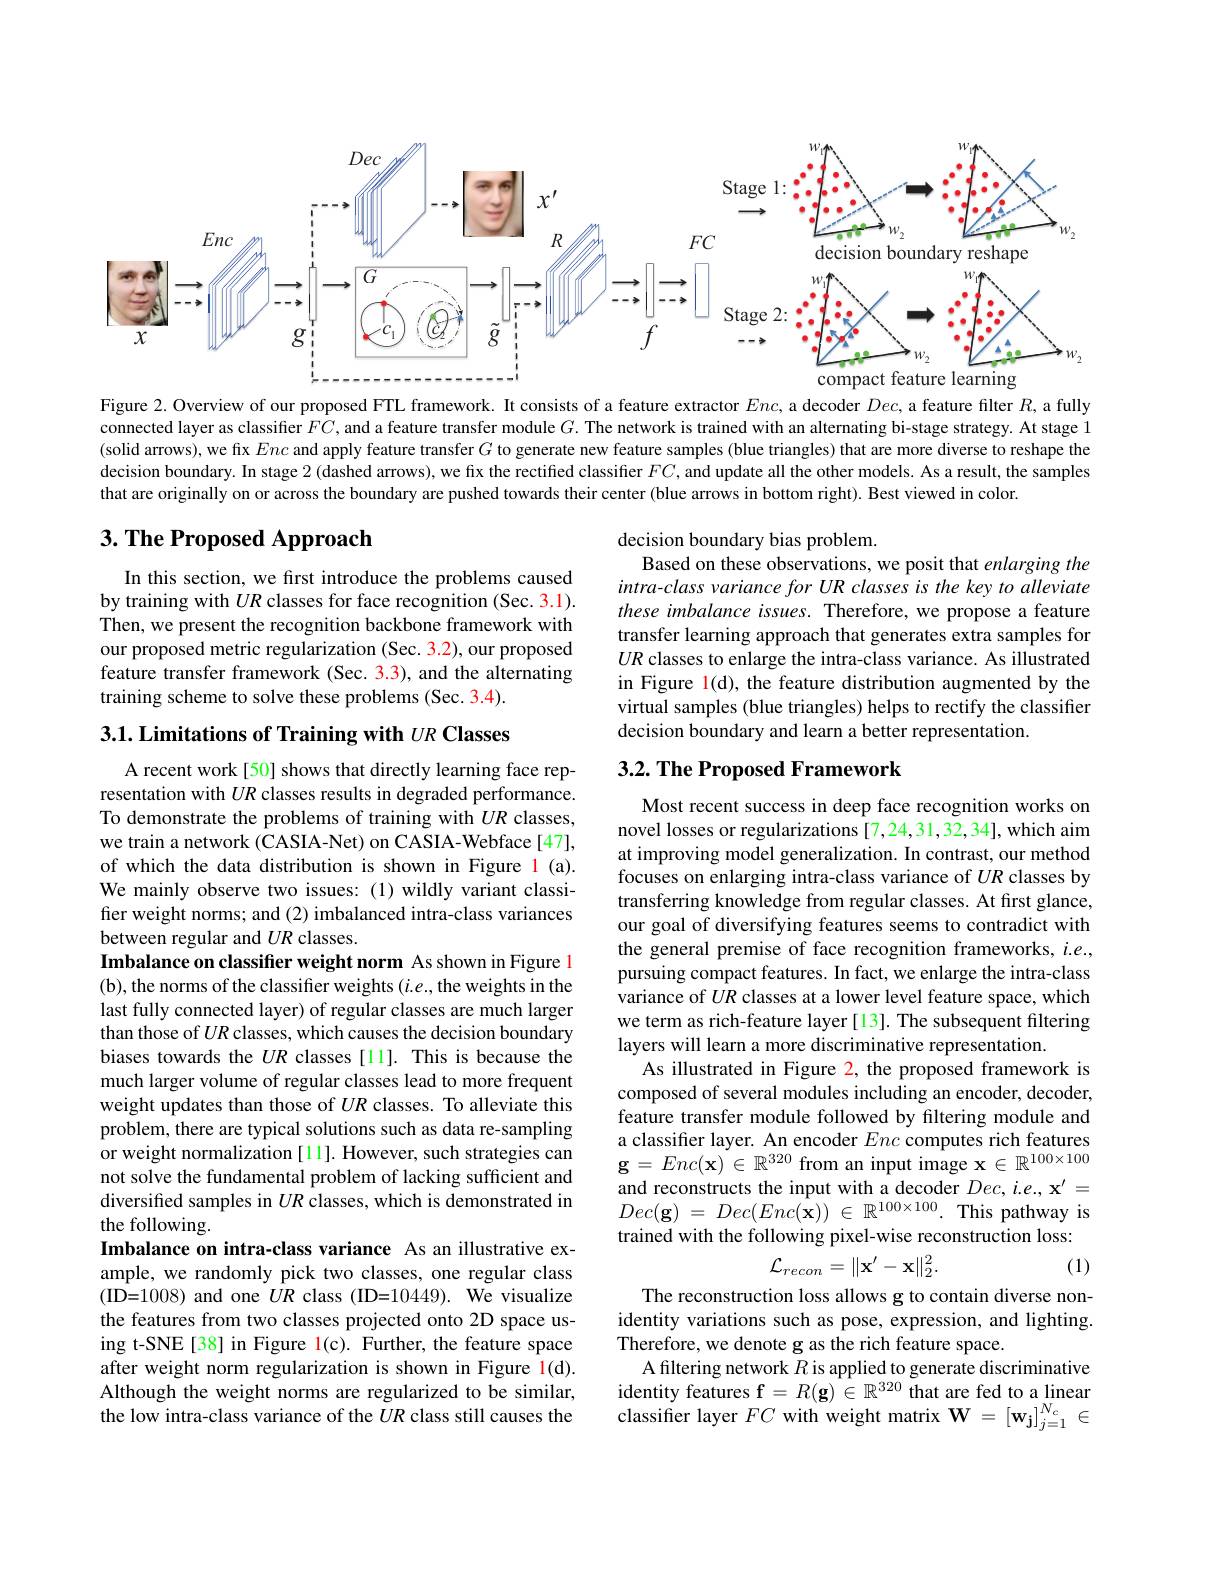
<FigureHere>

Figure 2. Overview of our proposed FTL framework. It consists of a feature extractor $Enc$, a decoder Dec, a feature filter $R$, a fully connected layer as classifier $FC$, and a feature transfer module $G.$ The network is trained with an alternating bi-stage strategy. At stage 1 (solid arrows), we fix Enc and apply feature transfer $G$ to generate new feature samples (blue triangles) that are more diverse to reshape the decision boundary. In stage 2 (dashed arrows), we fix the rectified classifier $FC$, and update all the other models. As a result, the samples that are originally on or across the boundary are pushed towards their center (blue arrows in bottom right). Best viewed in color.

# $3. \textbf{ The Proposed Approach}$

decision boundary bias problem.
Based on these observations, we posit that enlarging the intra-class variance for UR classes is the key to alleviate these imbalance issues. Therefore, we propose a feature transfer learning approach that generates extra samples for $UR$ classes to enlarge the intra-class variance. As illustrated in Figure l(d), the feature distribution augmented by the virtual samples (blue triangles) helps to rectify the classifier decision boundary and learn a better representation.

In this section, we first introduce the problems caused by training with $UR$ classes for face recognition (Sec. 3.1). Then, we present the recognition backbone framework with our proposed metric regularization (Sec. 3.2), our proposed feature transfer framework (Sec. 3.3), and the alternating training scheme to solve these problems (Sec. 3.4).

## $3. 2. \textbf{ The Proposed Framework}$

Most recent success in deep face recognition works on novel losses or regularizations [7,24,31,32,34],which aim at improving model generalization. In contrast, our method focuses on enlarging intra-class variance of $UR$ classes by transferring knowledge from regular classes. At first glance, our goal of diversifying features seems to contradict with the general premise of face recognition frameworks, $i.e.$, pursuing compact features. In fact, we enlarge the intra-class variance of $UR$ classes at a lower level feature space, which we term as rich-feature layer [13]. The subsequent filtering layers will learn a more discriminative representation.
As illustrated in Figure 2, the proposed framework is composed of several modules including an encoder, decoder, feature transfer module followed by filtering module and a classifer layer. An encoder Enc computes rich features $\mathbf{g}=Enc(\mathbf{x})\in\mathbb{R}^{320}$ from an input image $\mathbf{x}\in\mathbb{R}^100\times100$ and reconstructs the input with a decoder $Dec,i.e.,\mathbf{x}^{\prime}=$ $Dec( \mathbf{g} )$ = $Dec( Enc( \mathbf{x} ) )$ $\in$ $\mathbb{R} ^{100\times 100}.$This pathway is trained with the following pixel-wise reconstruction loss:
$$\mathcal{L}_{recon}=\|\mathbf{x}'-\mathbf{x}\|_2^2.$$
(1)

$3. 1. \textbf{Limitations of Training with }UR\textbf{ Classes}$
A recent work[50] shows that directly learning face representation with $UR$ classes results in degraded performance. To demonstrate the problems of training with $UR$ classes, we train a network (CASIA-Net) on CASIA-Webface[47], of which the data distribution is shown in Figure l (a). We mainly observe two issues: (1) wildly variant classifier weight norms; and (2) imbalanced intra-class variances between regular and $UR$ classes.
Imbalance on classifier weight norm As shown in Figure l (b), the norms of the classifier weights $(i.e.$,the weights in the last fully connected layer) of regular classes are much larger than those of $UR$ classes, which causes the decision boundary biases towards the $UR$ classes [11]. This is because the much larger volume of regular classes lead to more frequent weight updates than those of $UR$ classes. To alleviate this problem, there are typical solutions such as data re-sampling or weight normalization [11]. However, such strategies can not solve the fundamental problem of lacking sufficient and diversified samples in $UR$ classes, which is demonstrated in the following.
Imbalance on intra-class variance As an illustrative example, we randomly pick two classes, one regular class (ID=1008) and one $UR$ class (ID=10449). We visualize the features from two classes projected onto 2D space using t-SNE[38] in Figure l(c). Further, the feature space after weight norm regularization is shown in Figure l(d). Although the weight norms are regularized to be similar, the low intra-class variance of the $UR$ class still causes the

The reconstruction loss allows g to contain diverse nonidentity variations such as pose, expression, and lighting. Therefore, we denote g as the rich feature space.
A filtering network $R$ is applied to generate discriminative $\begin{array}{l}\text{identity features f}=R(\mathbf{g})\in\mathbb{R}^{320}\text{ that are fed to a linear}\\\text{classifier layer }FC\text{ with weight matrix W}=[\mathbf{w_j}]_{j=1}^{N_c}\in\end{array}$